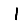
Digit: 1